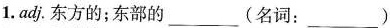
1.adj.东方的；东部的 ___ (名词：___ )